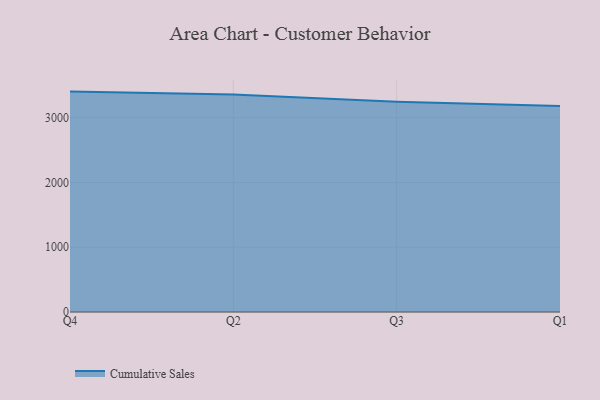
{"axis": {"x": "Quarter", "y": "Revenue (USD Million)"}, "legend": ["Cumulative Sales"], "data": [{"x": "Q4", "y": 3402.7, "type": "Cumulative Sales"}, {"x": "Q2", "y": 3357.5, "type": "Cumulative Sales"}, {"x": "Q3", "y": 3244.5, "type": "Cumulative Sales"}, {"x": "Q1", "y": 3180.9, "type": "Cumulative Sales"}]}